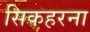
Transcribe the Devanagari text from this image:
सिकहरना